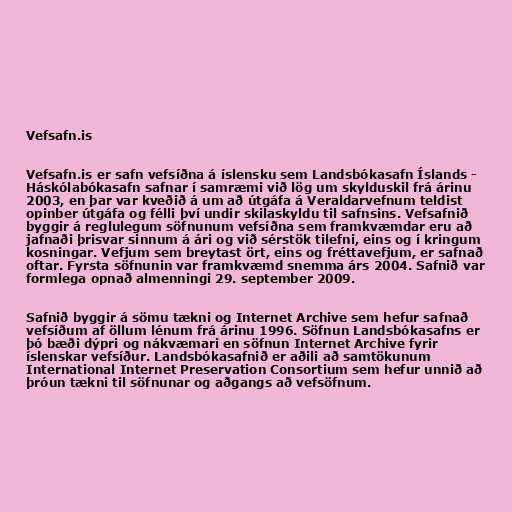
Vefsafn.is

Vefsafn.is er safn vefsíðna á íslensku sem Landsbókasafn Íslands -
Háskólabókasafn safnar í samræmi við lög um skylduskil frá árinu
2003, en þar var kveðið á um að útgáfa á Veraldarvefnum teldist
opinber útgáfa og félli því undir skilaskyldu til safnsins. Vefsafnið
byggir á reglulegum söfnunum vefsíðna sem framkvæmdar eru að
jafnaði þrisvar sinnum á ári og við sérstök tilefni, eins og í kringum
kosningar. Vefjum sem breytast ört, eins og fréttavefjum, er safnað
oftar. Fyrsta söfnunin var framkvæmd snemma árs 2004. Safnið var
formlega opnað almenningi 29. september 2009.

Safnið byggir á sömu tækni og Internet Archive sem hefur safnað
vefsíðum af öllum lénum frá árinu 1996. Söfnun Landsbókasafns er
þó bæði dýpri og nákvæmari en söfnun Internet Archive fyrir
íslenskar vefsíður. Landsbókasafnið er aðili að samtökunum
International Internet Preservation Consortium sem hefur unnið að
þróun tækni til söfnunar og aðgangs að vefsöfnum.